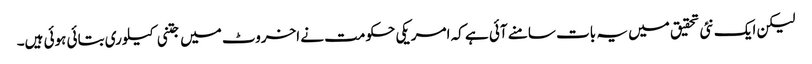
لیکن ایک نئی تحقیق میں یہ بات سامنے آئی ہے کہ امریکی حکومت نے اخروٹ میں جتنی کیلوری بتائی ہوئی ہیں۔